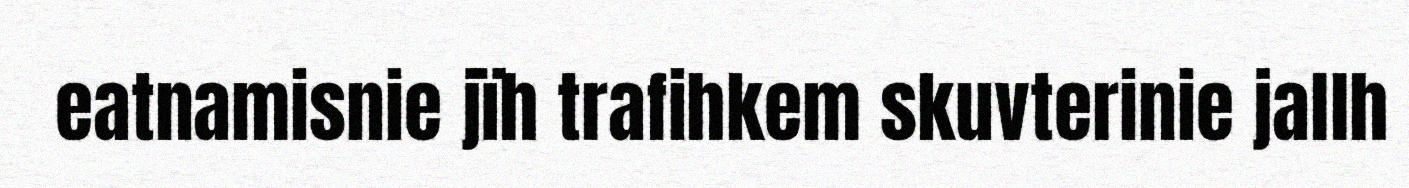
eatnamisnie jïh trafihkem skuvterinie jallh